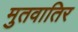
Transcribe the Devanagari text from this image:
मुतवातिर